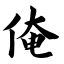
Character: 俺